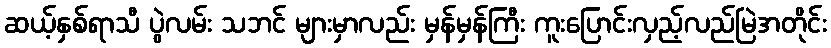
ဆယ့်နှစ်ရာသီ ပွဲလမ်း သဘင် များမှာလည်း မှန်မှန်ကြီး ကူးပြောင်းလှည့်လည်မြဲအတိုင်း